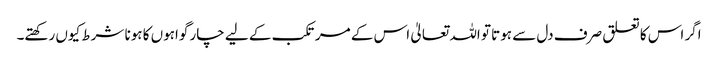
اگر اس کا تعلق صرف دل سے ہوتا تو اللہ تعالیٰ اس کے مرتکب کے لیے چار گواہوں کا ہونا شرط کیوں رکھتے۔